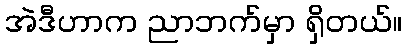
အဲဒီဟာက ညာဘက်မှာ ရှိတယ်။